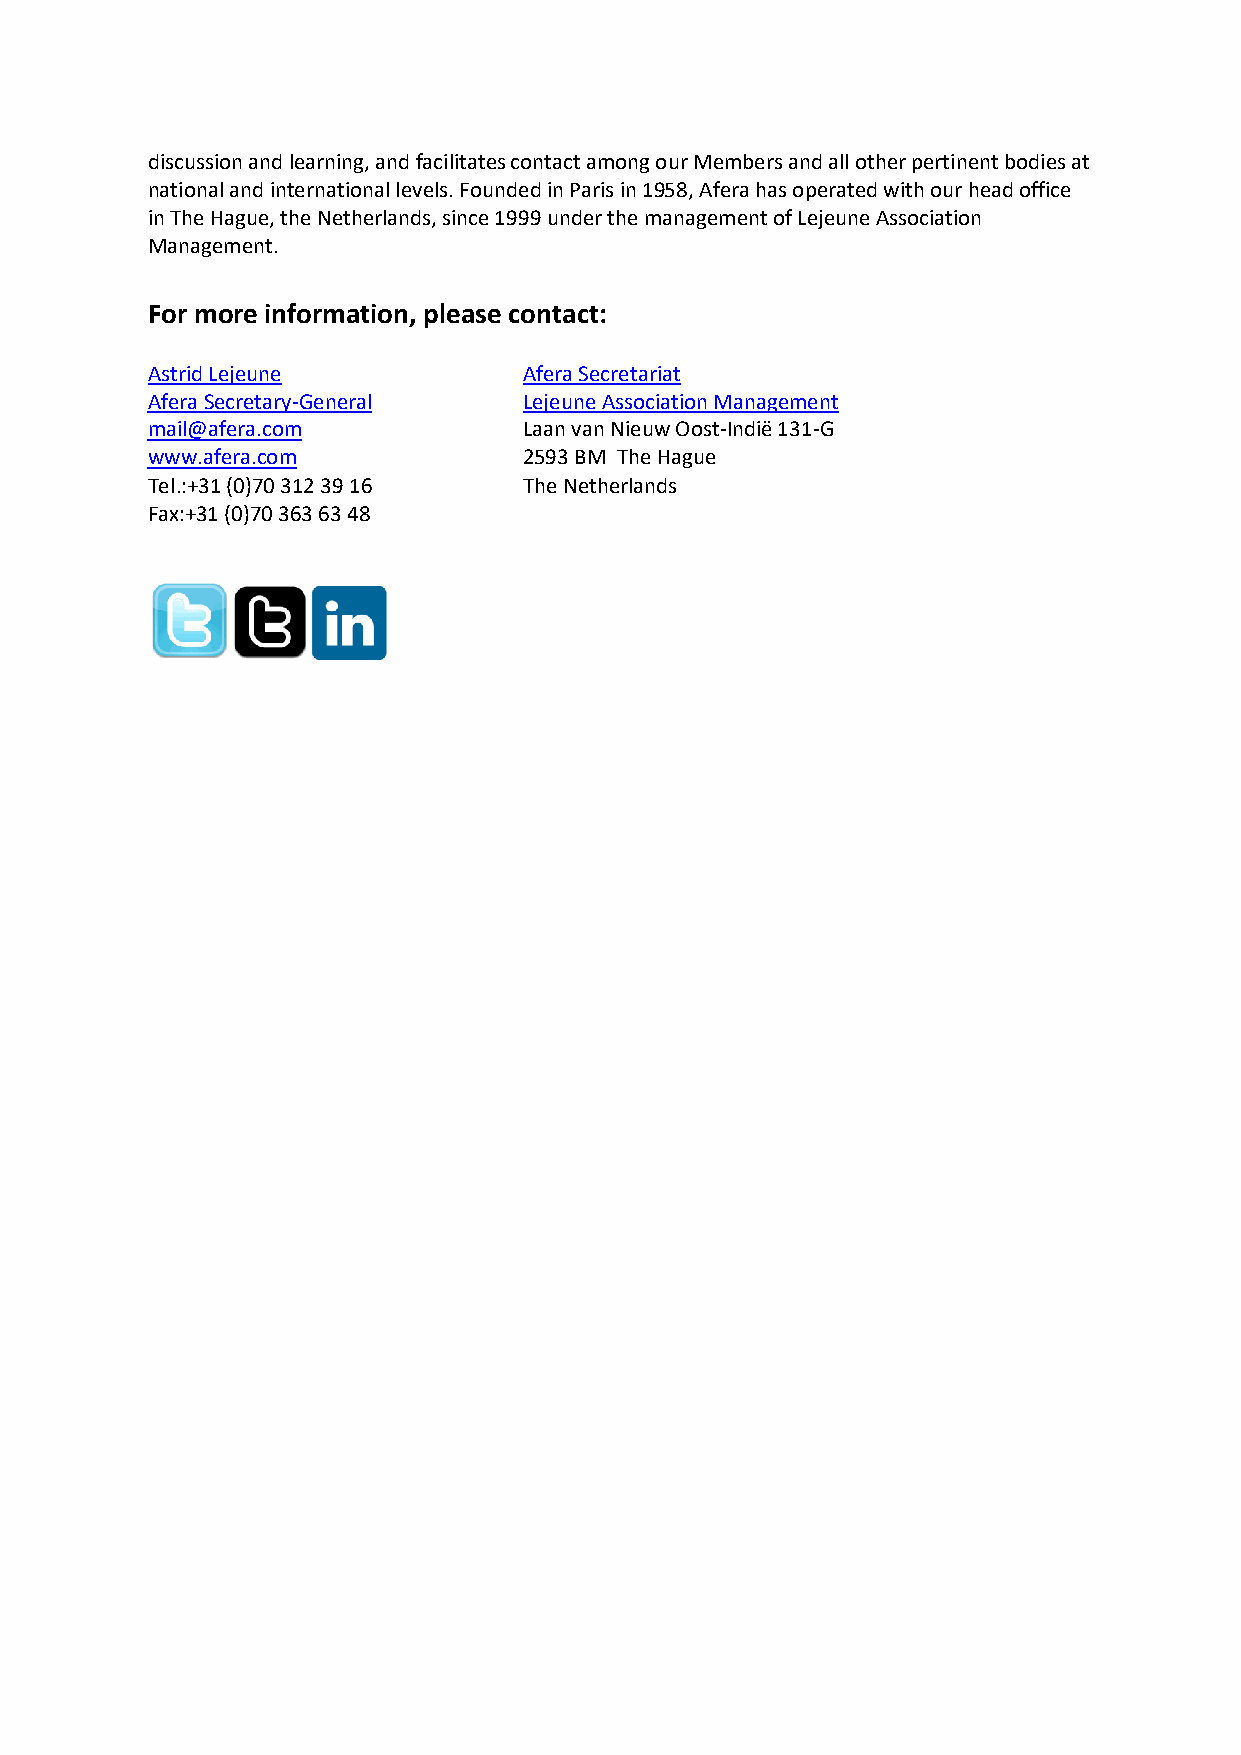
discussion and learning, and facilitates contact among our Members and all other pertinent bodies at
 national and international levels. Founded in Paris in 1958, Afera has operated with our head office
 in The Hague, the Netherlands, since 1999 under the management of Lejeune Association
 Management.
 For more information, please contact:
 Astrid Lejeune           Afera Secretariat
 Afera Secretary-General  Lejeune Association Management
 mail@afera.com           Laan van Nieuw Oost-Indië 131-G
 www.afera.com            2593 BM The Hague
 Tel.:+31 (0)70 312 39 16 The Netherlands
 Fax:+31 (0)70 363 63 48